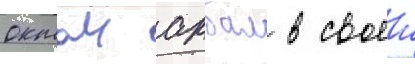
октаи акбал в своеи